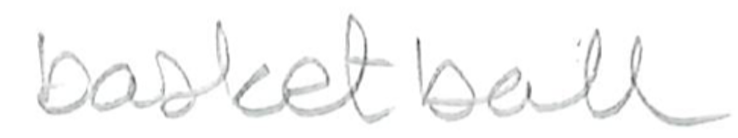
Text: basketball
Cross-out: clean
Writing tool: pencil